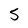
Character: 5